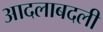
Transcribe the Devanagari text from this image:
आदलाबदली